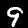
Digit: 9